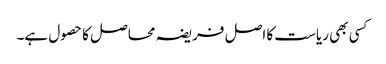
کسی بھی ریاست کا اصل فریضہ محاصل کا حصول ہے۔